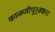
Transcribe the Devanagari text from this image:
काळजीपुर्वकच